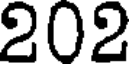
202